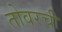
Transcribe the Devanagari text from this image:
तोवरची